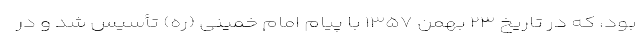
بود، که در تاریخ ۲۳ بهمن ۱۳۵۷ با پیام امام خمینی (ره) تأسیس شد و در